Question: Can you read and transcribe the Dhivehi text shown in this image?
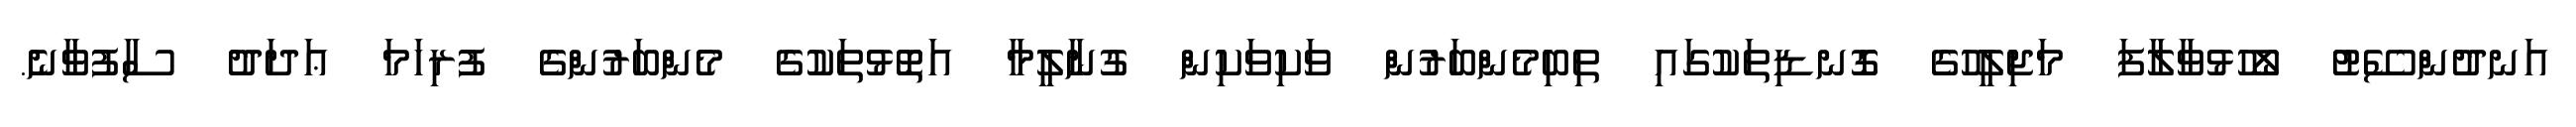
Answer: އަނދުންސޭޓު ލޯހުޅުވާލާފަ މަޖިލީހުގެ ގޮނޑިތަކުގައި ތިބިމެންބަރުން ވަކިވަކިން ގުނާލީމާ އަތޮޅުތަކުގެ މެންބަރުންގެ ފުރިހަމަ ޢަދަދު ސާފުވާނެ.